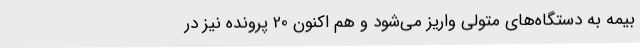
بیمه به دستگاه‌های متولی واریز می‌شود و هم اکنون 20 پرونده نیز در